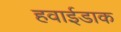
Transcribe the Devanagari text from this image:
हवाईडाक